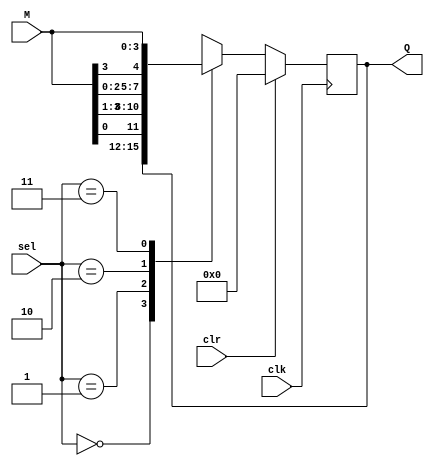
module universal_sr(input clr,clk,input [1:0]sel,input [3:0]M,output reg [3:0]Q);
always @(negedge clk)begin
  if(clr)
  Q=4'b0000;
  else begin
  case(sel)
    2'b00: Q=Q;
    2'b01: Q={M[0],M[3:1]};
    2'b10: Q={M[2:0],M[3]};
    2'b11: Q=M;
  endcase
  end
end
endmodule